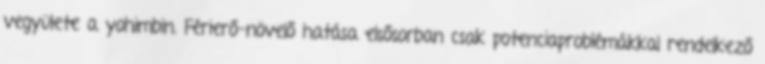
vegyülete a yohimbin. Férierő-növelő hatása elsősorban csak potenciaproblémákkal rendelkező